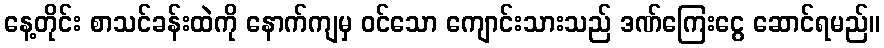
နေ့တိုင်း စာသင်ခန်းထဲကို နောက်ကျမှ ဝင်သော ကျောင်းသားသည် ဒဏ်ကြေးငွေ ဆောင်ရမည်။